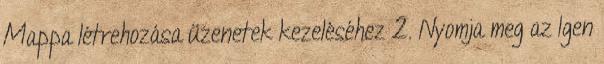
Mappa létrehozása üzenetek kezeléséhez 2. Nyomja meg az Igen